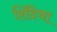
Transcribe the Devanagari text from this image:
शिंदेंचा